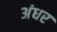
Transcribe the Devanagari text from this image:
अंधर